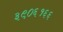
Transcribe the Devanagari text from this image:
३९०६१६६